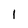
Character: 1